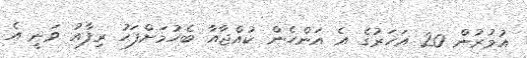
އުމުރުން 20 އަހަރުގެ އެ އަންހެން ކުއްޖާއާ ބެހުމަށްފަހު ރިފާއު ވަނީ އެ